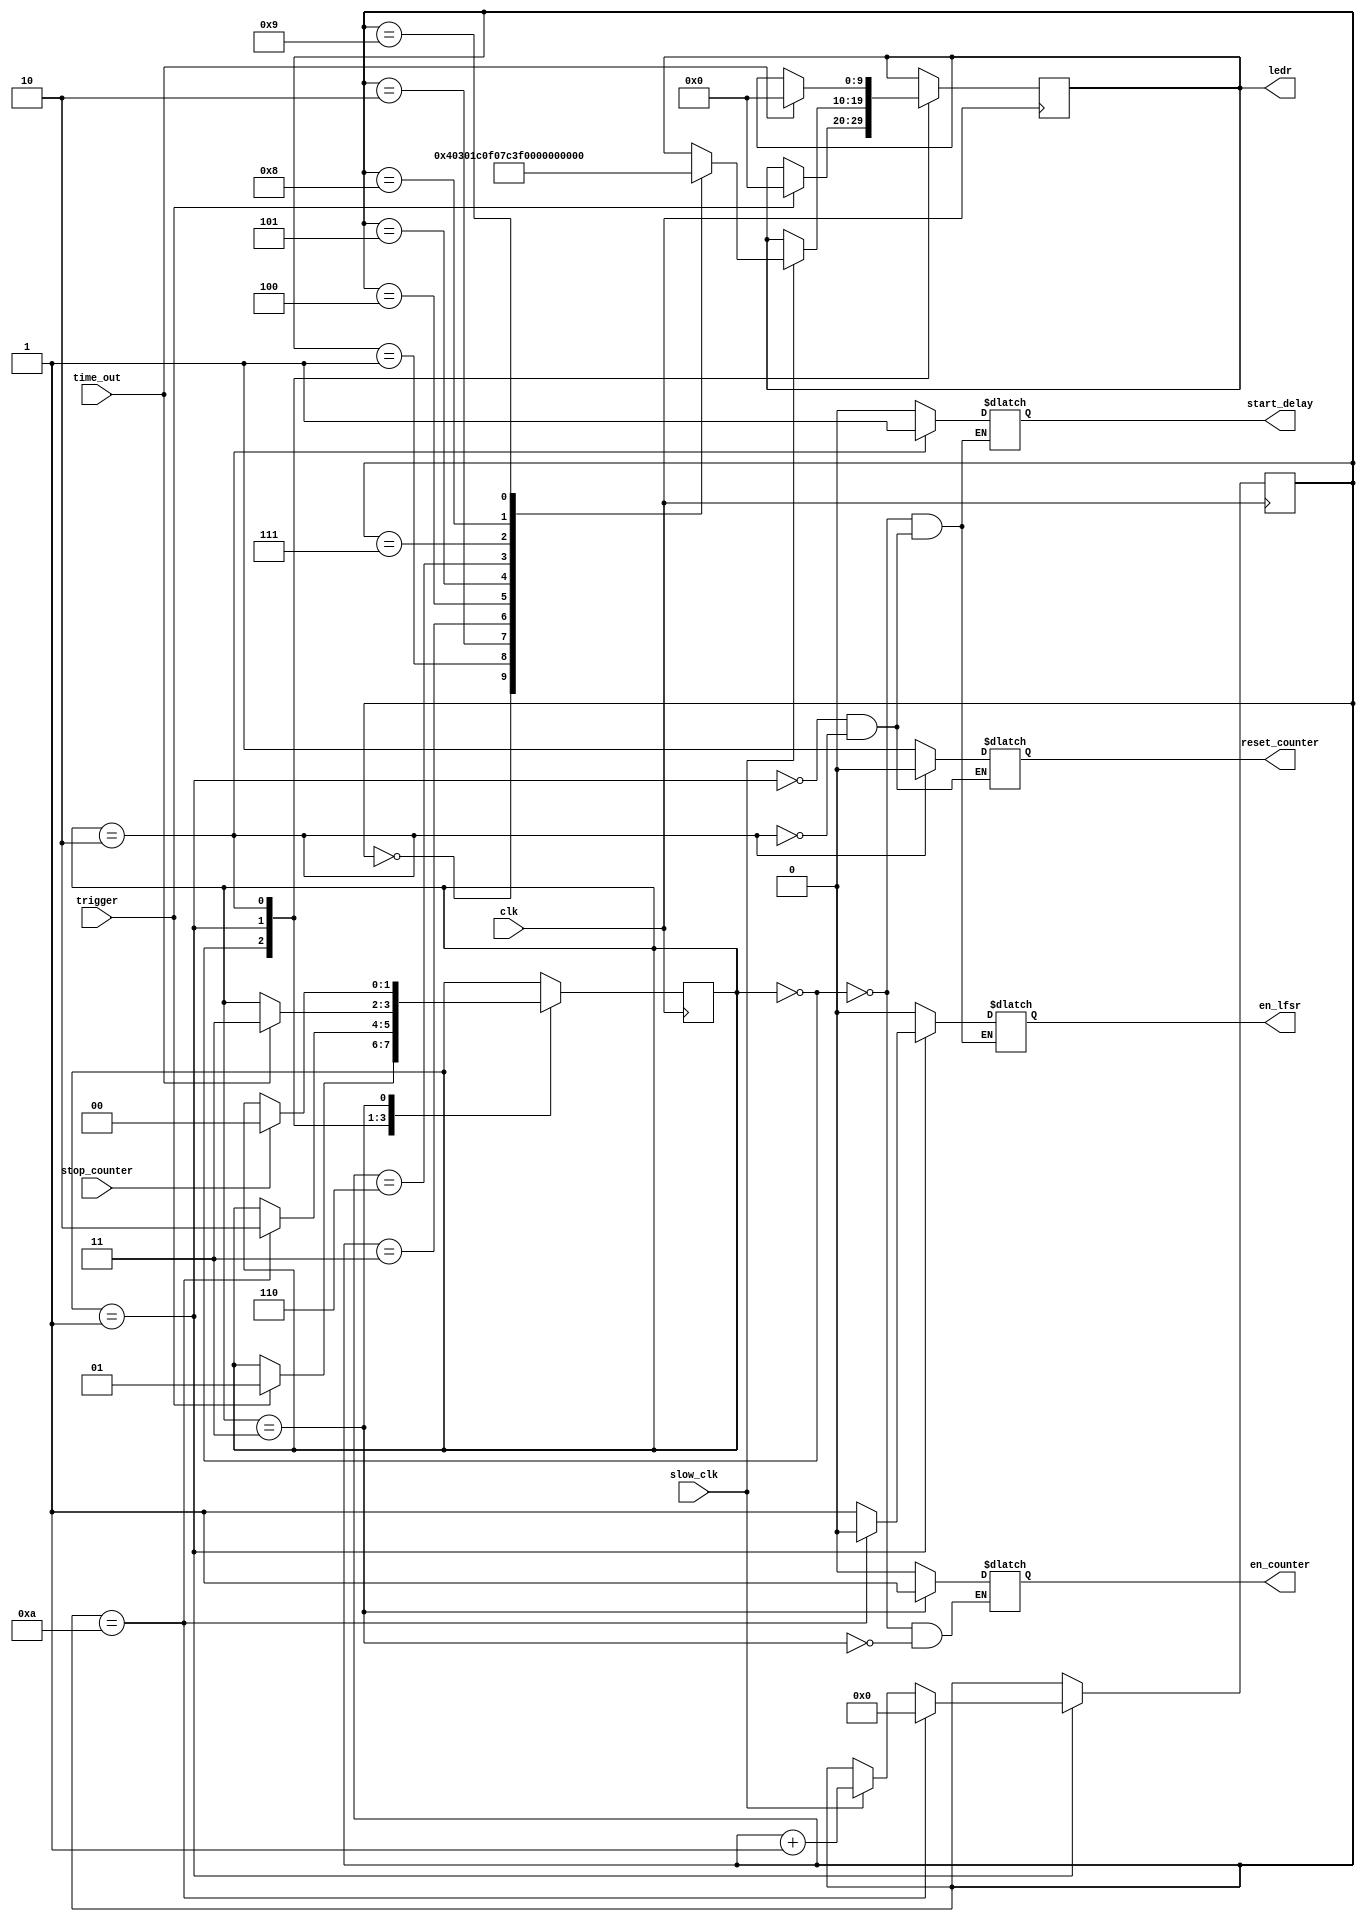
module fsm (clk, slow_clk, trigger, stop_counter, en_counter, reset_counter, time_out, en_lfsr, start_delay, ledr);
	
	input clk, slow_clk, trigger, time_out, stop_counter;
	output reg en_lfsr, start_delay, en_counter, reset_counter;
	output reg [9:0] ledr;
	
	reg [1:0] state;
	reg [3:0] count;
	initial count = 4'b0000;
	parameter IDLE = 2'b00, LED = 2'b01, DELAY = 2'b10, COUNT = 2'b11;
	
	initial state = IDLE;
	
	always @ (posedge clk)
		case (state)
			IDLE: if(trigger==1'b1)
						begin
						state <= LED;
						ledr <= 10'b0;
						end
						
			LED:  begin
					if(slow_clk==1'b1)
						begin
						case (count)
							4'b0000: ledr <= 10'b0000000001;
							4'b0001: ledr <= 10'b0000000011;
							4'b0010: ledr <= 10'b0000000111;
							4'b0011: ledr <= 10'b0000001111;
							4'b0100: ledr <= 10'b0000011111;
							4'b0101: ledr <= 10'b0000111111;
							4'b0110: ledr <= 10'b0001111111;
							4'b0111: ledr <= 10'b0011111111;
							4'b1000: ledr <= 10'b0111111111;
							4'b1001: ledr <= 10'b1111111111;
						default: ;
						endcase
						count <= count + 1'b1;
						end
					if(count==4'b1010)
						begin
						state <= DELAY;
						count <= 4'b0000;
						end
					end
						
			DELAY: if(time_out==1'b1)
						begin
						state <= COUNT;
						ledr <= 10'b0;
						end
			
			COUNT: if(stop_counter==1'b1)
						state <= IDLE;
			
			default: ;
			endcase
						
	
	always @ (*)
		case (state)
			IDLE: begin
						en_lfsr <= 1'b0;
						start_delay <= 1'b0;
						en_counter <= 1'b0;
					end
					
			LED:  begin
						reset_counter <= 1'b1;
						en_lfsr <= 1'b1;
						start_delay <= 1'b0;
						if(count==4'b1010)
							en_lfsr <= 1'b0;
					end
						
			DELAY: begin
						reset_counter <= 1'b0;
						en_lfsr <= 1'b0;
						start_delay <= 1'b1;
					 end
					 
			COUNT: en_counter <= 1'b1;			
			
		default: ;
		endcase
		
endmodule